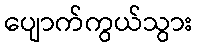
ပျောက်ကွယ်သွား